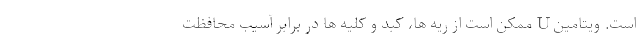
است. ویتامین U ممکن است از ریه ها، کبد و کلیه ها در برابر آسیب محافظت